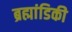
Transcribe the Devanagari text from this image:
ब्रह्मांडिकी